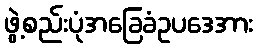
ဖွဲ့စည်းပုံအခြေခံဥပဒေအား